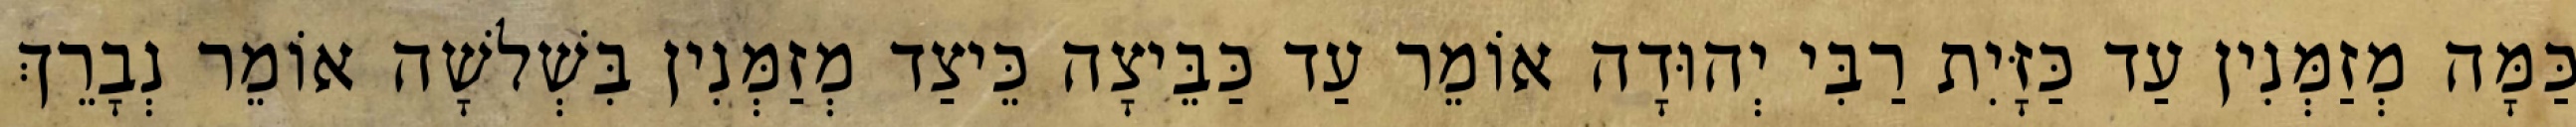
כַּמָּה מְזַמְּנִין עַד כַּזָּיִת רַבִּי יְהוּדָה אוֹמֵר עַד כַּבֵּיצָה כֵּיצַד מְזַמְּנִין בִּשְׁלשָׁה אוֹמֵר נְבָרֵךְ